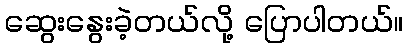
ဆွေးနွေးခဲ့တယ်လို့ ပြောပါတယ်။